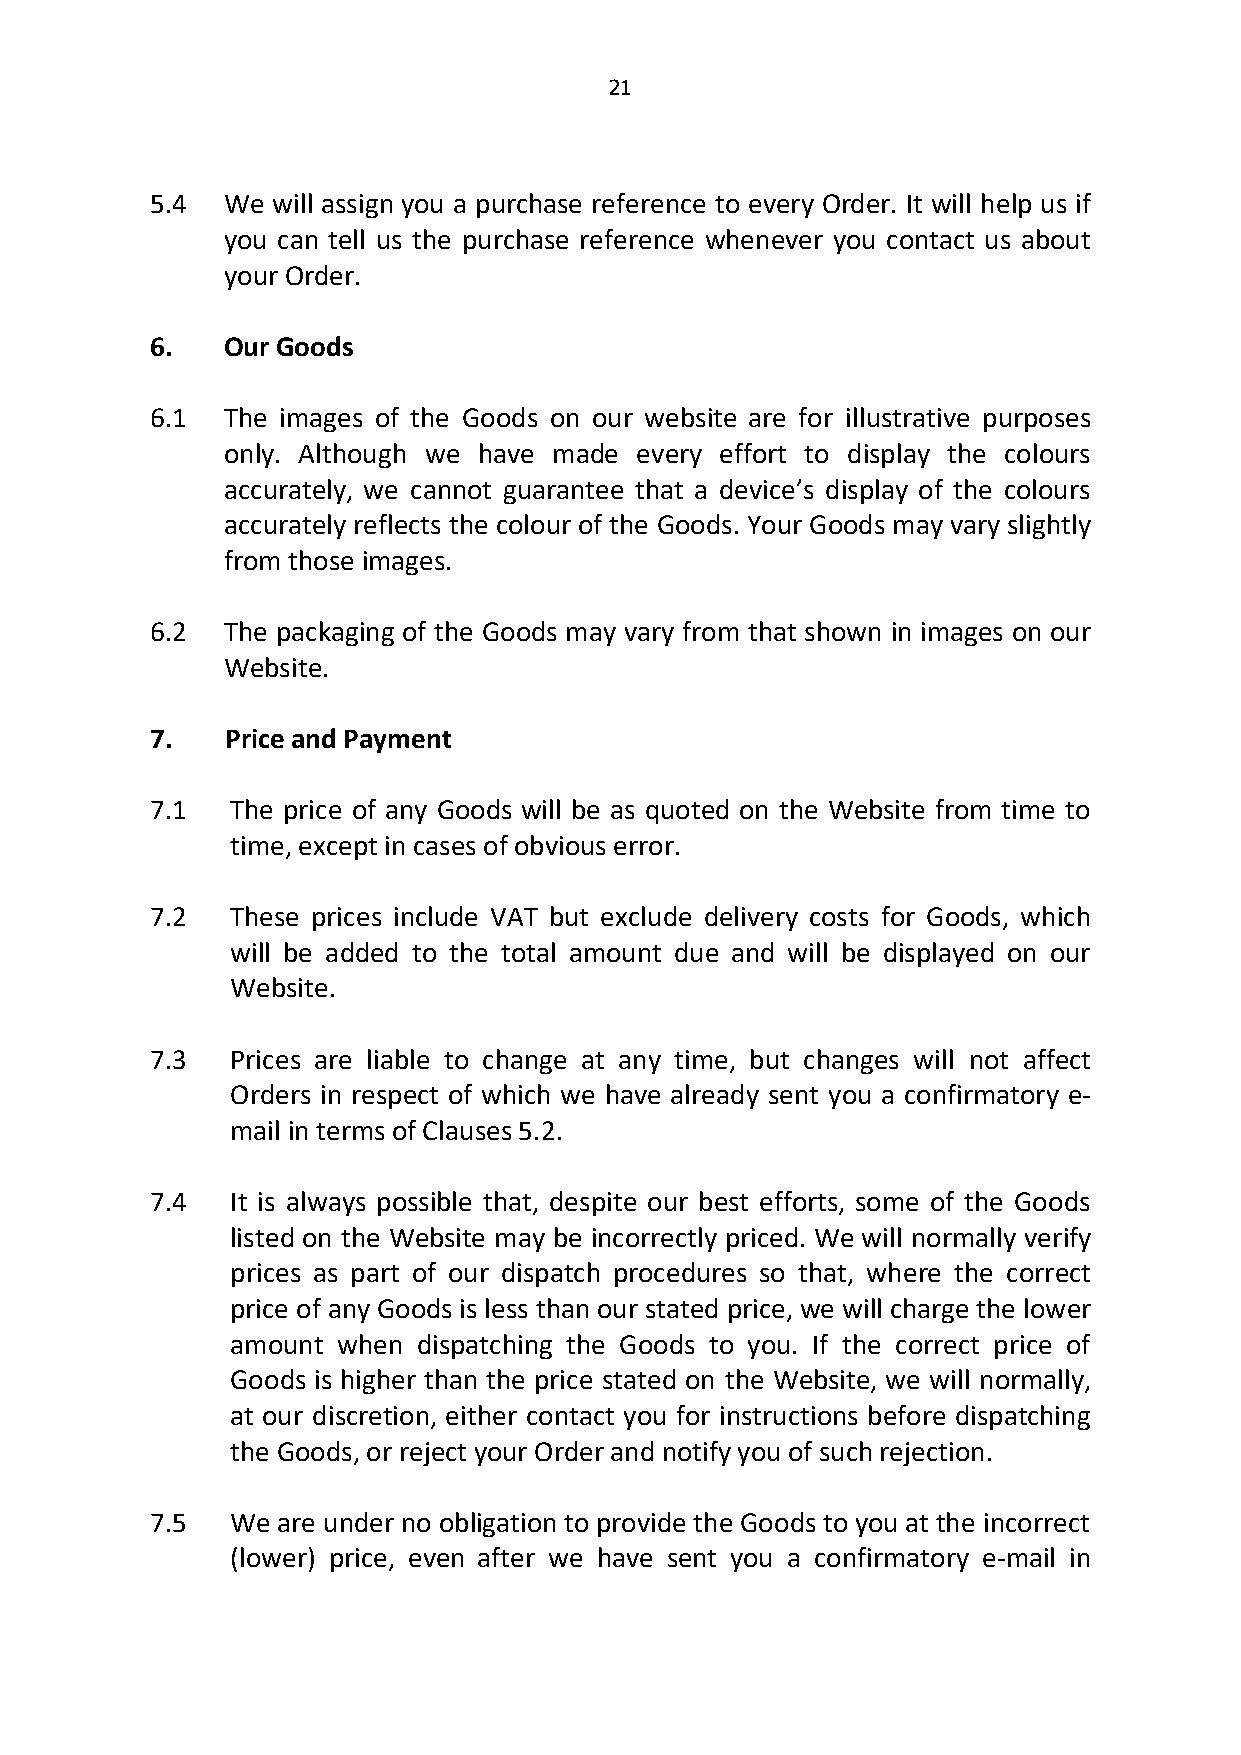
21
 5.4  We will assign you a purchase reference to every Order. It will help us if
 you can tell us the purchase reference whenever you contact us about
 your Order.
 6.   Our Goods
 6.1  The images of the Goods on our website are for illustrative purposes
 only. Although we have made every effort to display the colours
 accurately, we cannot guarantee that a device’s display of the colours
 accurately reflects the colour of the Goods. Your Goods may vary slightly
 from those images.
 6.2  The packaging of the Goods may vary from that shown in images on our
 Website.
 7.   Price and Payment
 7.1  The price of any Goods will be as quoted on the Website from time to
 time, except in cases of obvious error.
 7.2  These prices include VAT but exclude delivery costs for Goods, which
 will be added to the total amount due and will be displayed on our
 Website.
 7.3  Prices are liable to change at any time, but changes will not affect
 Orders in respect of which we have already sent you a confirmatory e-
 mail in terms of Clauses 5.2.
 7.4  It is always possible that, despite our best efforts, some of the Goods
 listed on the Website may be incorrectly priced. We will normally verify
 prices as part of our dispatch procedures so that, where the correct
 price of any Goods is less than our stated price, we will charge the lower
 amount when  dispatching the Goods to you. If the correct price of
 Goods is higher than the price stated on the Website, we will normally,
 at our discretion, either contact you for instructions before dispatching
 the Goods, or reject your Order and notify you of such rejection.
 7.5  We are under no obligation to provide the Goods to you at the incorrect
 (lower) price, even after we have sent you a confirmatory e-mail in